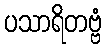
ပသာရိတဗ္ဗံ